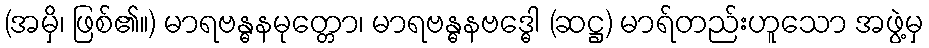
(အမှိ၊ ဖြစ်၏။) မာရဗန္ဓနမုတ္တော၊ မာရဗန္ဓနဗဒ္ဓေါ (ဆဋ္ဌ) မာရ်တည်းဟူသော အဖွဲ့မှ